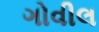
ગોવીલ